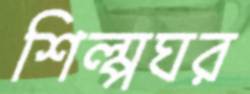
শিল্পঘর